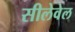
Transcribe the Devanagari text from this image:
सीलेवेल